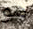
هو